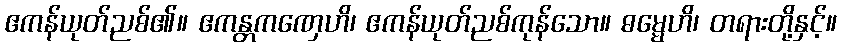
ဧကန်ယုတ်ညစ်၏။ ဧကန္တကဏှေဟိ၊ ဧကန်ယုတ်ညစ်ကုန်သော။ ဓမ္မေဟိ၊ တရားတို့နှင့်။